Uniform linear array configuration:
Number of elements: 48
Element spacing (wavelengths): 0.25
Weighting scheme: kaiser
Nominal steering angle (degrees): -30
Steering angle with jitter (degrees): -31.009
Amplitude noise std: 0.05
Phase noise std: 0.05

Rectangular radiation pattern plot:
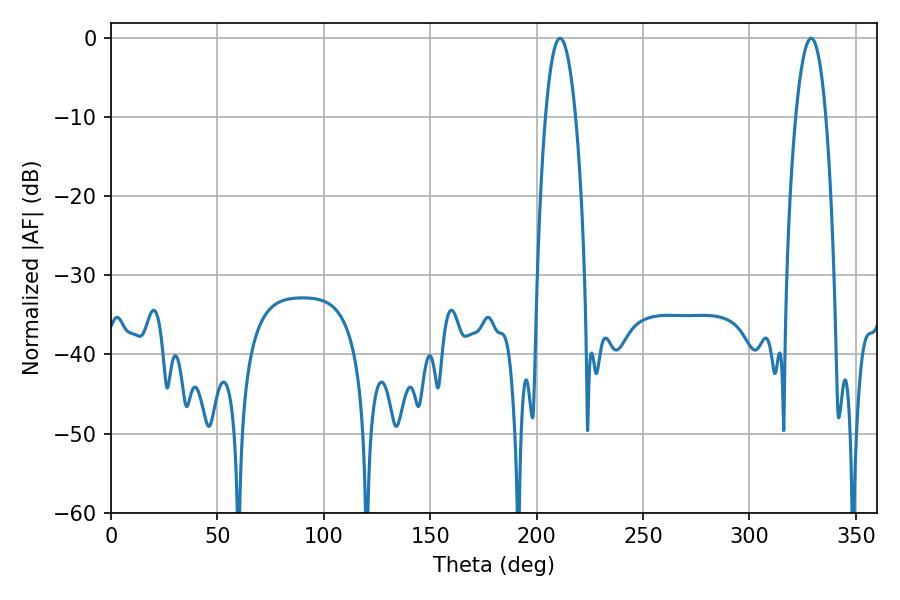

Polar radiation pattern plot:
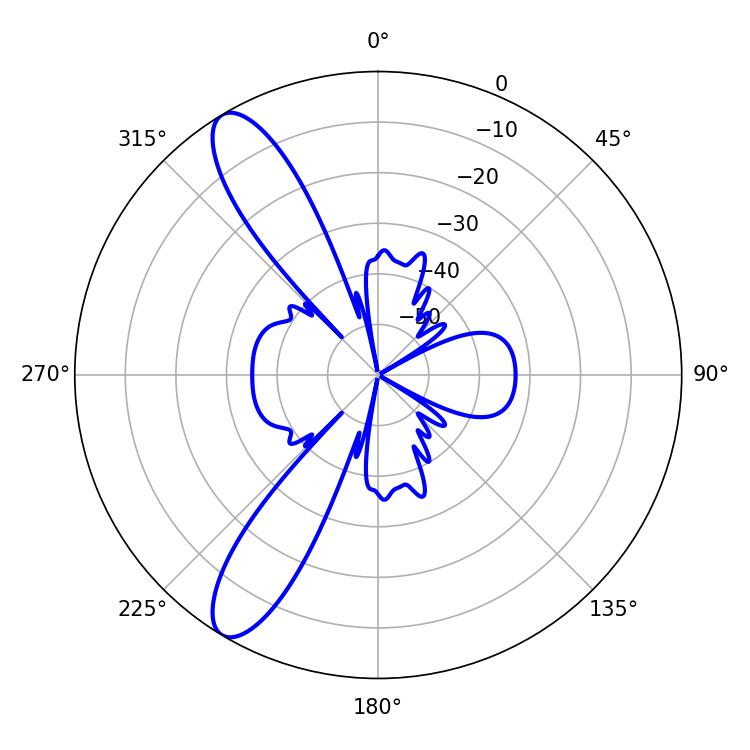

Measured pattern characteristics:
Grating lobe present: FALSE
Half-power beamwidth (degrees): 7.74
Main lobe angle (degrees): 210.96